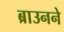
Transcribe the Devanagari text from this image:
ब्राउनने